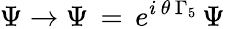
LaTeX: \Psi\rightarrow\Psi\, =\, e^{i\, \theta\, \Gamma_{5}}\, \Psi